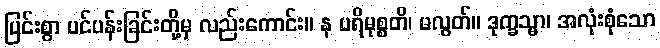
ပြင်းစွာ ပင်ပန်းခြင်းတို့မှ လည်းကောင်း။ န ပရိမုစ္စတိ၊ မလွတ်။ ဒုက္ခသ္မာ၊ အလုံးစုံသော